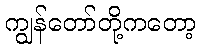
ကျွန်တော်တို့ကတော့